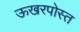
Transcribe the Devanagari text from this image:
ऊखरपोस्त